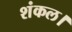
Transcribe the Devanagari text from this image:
शंकल।